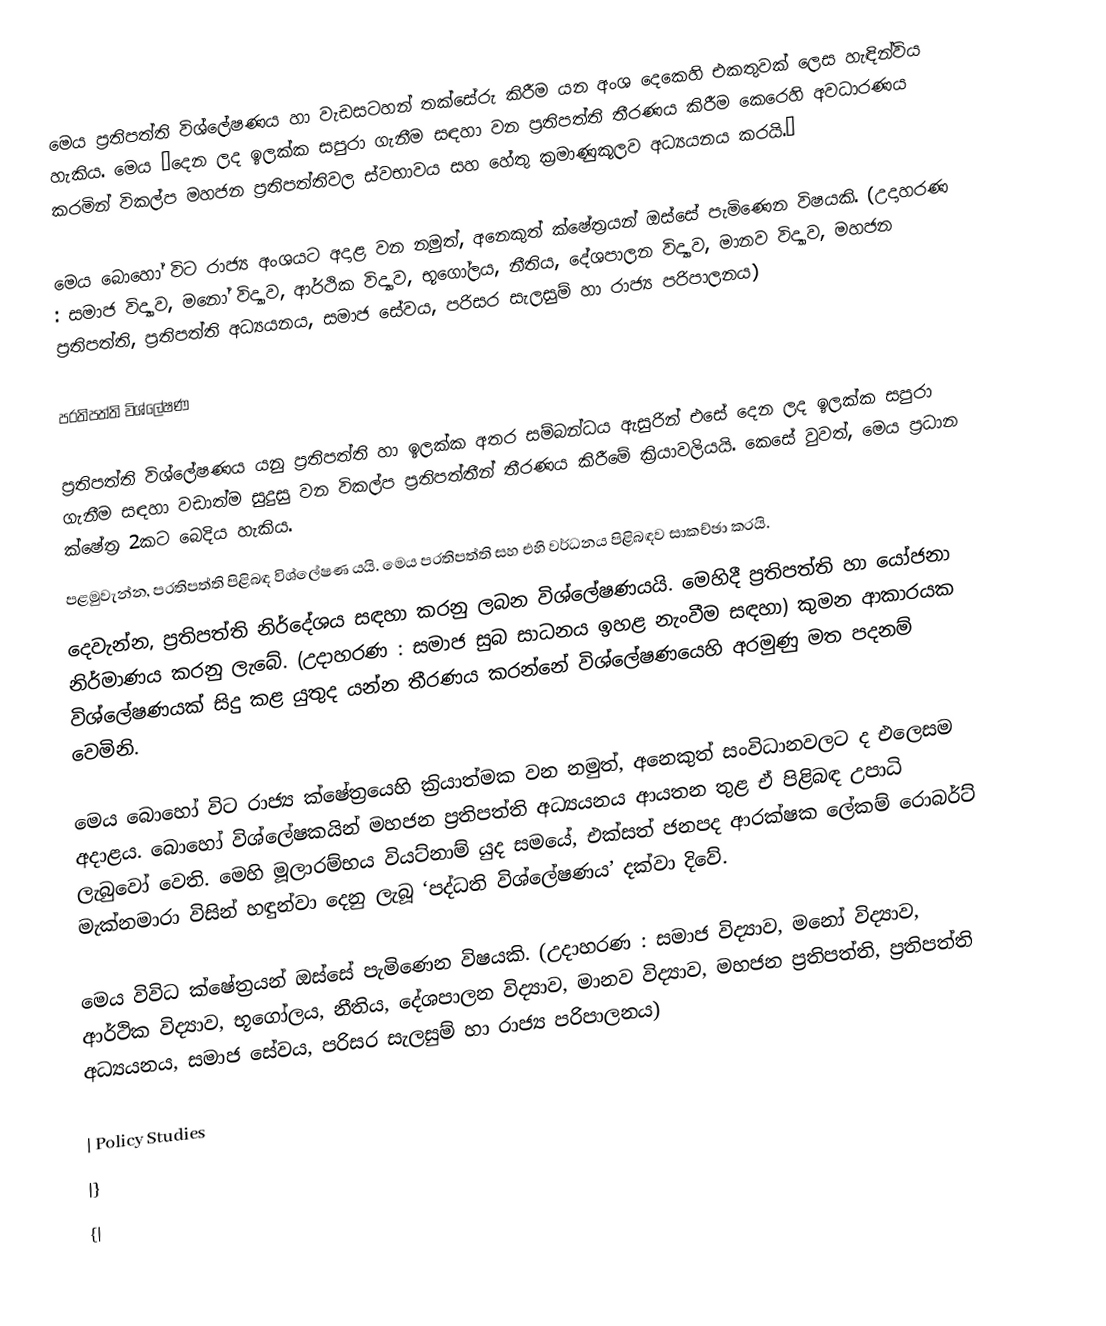
මෙය ප‍්‍රතිපත්ති විශ්ලේෂණය හා වැඩසටහන් තක්සේරු කිරීම යන අංශ දෙකෙහි එකතුවක් ලෙස හැඳින්විය හැකිය. මෙය ”දෙන ලද ඉලක්ක සපුරා ගැනීම සඳහා වන ප‍්‍රතිපත්ති තීරණය කිරීම කෙරෙහි අවධාරණය කරමින් විකල්ප මහජන ප‍්‍රතිපත්තිවල ස්වභාවය සහ හේතු ක‍්‍රමාණුකූලව අධ්‍යයනය කරයි.”

මෙය බොහෝ විට රාජ්‍ය අංශයට අදාළ වන නමුත්, අනෙකුත් ක්ෂේත‍්‍රයන් ඔස්සේ පැමිණෙන විෂයකි. (උදාහරණ : සමාජ විද්‍යාව, මනෝ විද්‍යාව, ආර්ථික විද්‍යාව, භූගෝලය, නීතිය, දේශපාලන විද්‍යාව, මානව විද්‍යාව, මහජන ප‍්‍රතිපත්ති, ප‍්‍රතිපත්ති අධ්‍යයනය, සමාජ සේවය, පරිසර සැලසුම් හා රාජ්‍ය පරිපාලනය)

ප‍්‍රතිපත්ති විශ්ලේෂණ

ප‍්‍රතිපත්ති විශ්ලේෂණය යනු ප‍්‍රතිපත්ති හා ඉලක්ක අතර සම්බන්ධය ඇසුරින් එසේ දෙන ලද ඉලක්ක සපුරා ගැනීම සඳහා වඩාත්ම සුදුසු වන විකල්ප ප‍්‍රතිපත්තීන් තීරණය කිරීමේ ක‍්‍රියාවලියයි. කෙසේ වුවත්, මෙය ප‍්‍රධාන ක්ෂේත‍්‍ර 2කට බෙදිය හැකිය.
පළමුවැන්න, ප‍්‍රතිපත්ති පිළිබඳ විශ්ලේෂණ යයි. මෙය ප‍්‍රතිපත්ති සහ එහි වර්ධනය පිළිබඳව සාකච්ඡා කරයි.
දෙවැන්න, ප‍්‍රතිපත්ති නිර්දේශය සඳහා කරනු ලබන විශ්ලේෂණයයි. මෙහිදී ප‍්‍රතිපත්ති හා යෝජනා නිර්මාණය කරනු ලැබේ. (උදාහරණ : සමාජ සුබ සාධනය ඉහළ නැංවීම සඳහා) කුමන ආකාරයක විශ්ලේෂණයක් සිදු කළ යුතුද යන්න තීරණය කරන්නේ විශ්ලේෂණයෙහි අරමුණු මත පදනම් වෙමිනි.

මෙය බොහෝ විට රාජ්‍ය ක්ෂේත‍්‍රයෙහි ක‍්‍රියාත්මක වන නමුත්, අනෙකුත් සංවිධානවලට ද එලෙසම අදාළය. බොහෝ විශ්ලේෂකයින් මහජන ප‍්‍රතිපත්ති අධ්‍යයනය ආයතන තුළ ඒ පිළිබඳ උපාධි ලැබුවෝ වෙති. මෙහි මූලාරම්භය වියට්නාම් යුද සමයේ, එක්සත් ජනපද ආරක්ෂක ලේකම් රොබර්ට් මැක්නමාරා විසින් හඳුන්වා දෙනු ලැබූ ‘පද්ධති විශ්ලේෂණය’ දක්වා දිවේ.

මෙය විවිධ ක්ෂේත‍්‍රයන් ඔස්සේ පැමිණෙන විෂයකි. (උදාහරණ : සමාජ විද්‍යාව, මනෝ විද්‍යාව, ආර්ථික විද්‍යාව, භූගෝලය, නීතිය, දේශපාලන විද්‍යාව, මානව විද්‍යාව, මහජන ප‍්‍රතිපත්ති, ප‍්‍රතිපත්ති අධ්‍යයනය, සමාජ සේවය, පරිසර සැලසුම් හා රාජ්‍ය පරිපාලනය)

| Policy Studies
|}
{|